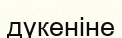
дүкеніне